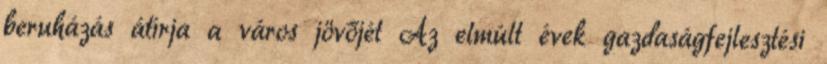
beruházás átírja a város jövőjét Az elmúlt évek gazdaságfejlesztési